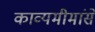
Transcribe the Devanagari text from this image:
काव्यमीमांसे